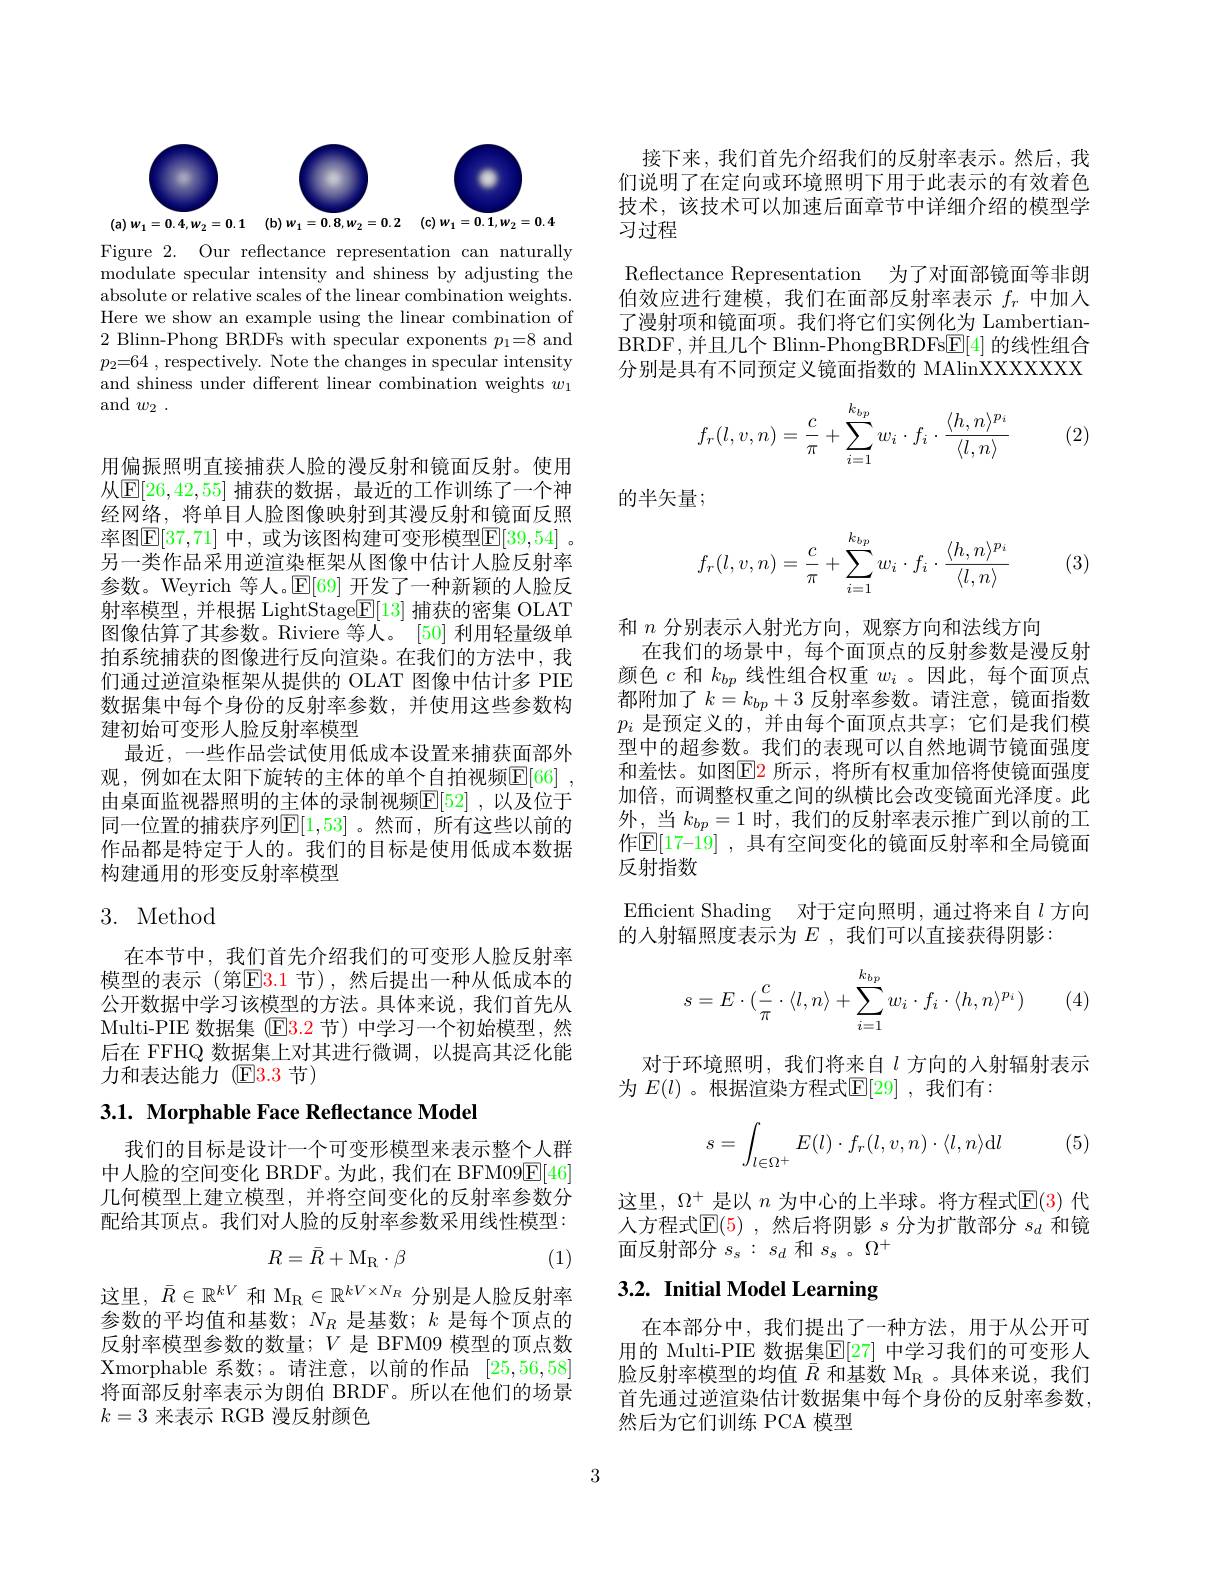
<FigureHere>

Figure 2. Our reflectance representation can naturally modulate specular intensity and shiness by adjusting the absolute or relative scales of the linear combination weights. Here we show an example using the linear combination of 2 Blinn-Phong BRDFs with specular exponents $p_1=8$ and $p_2{= }64$ , respectively. Note the changes in specular intensity and shiness under different linear combination weights $w_1$ and $w_2$ .

用偏振照明直接捕获人脸的漫反射和镜面反射。使用从$\mathbb{E}[26,42,55]$ 捕获的数据，最近的工作训练了一个神经网络，将单目人脸图像映射到其漫反射和镜面反照率图$\mathbb{E}[37,71]$ 中，或为该图构建可变形模型$\mathbb{E}[39,54]$ 。另一类作品采用逆渲染框架从图像中估计人脸反射率参数。Weyrich 等人。$\mathbb{E}[69]$开发了一种新颖的人脸反射率模型，并根据 LightStage$\mathbb{E}[13]$捕获的密集 OLAT 图像估算了其参数。Riviere 等人。[50]利用轻量级单拍系统捕获的图像进行反向渲染。在我们的方法中，我们通过逆渲染框架从提供的 OLAT 图像中估计多 PIE 数据集中每个身份的反射率参数，并使用这些参数构建初始可变形人脸反射率模型
最近，一些作品尝试使用低成本设置来捕获面部外观，例如在太阳下旋转的主体的单个自拍视频$\mathbb{E} [ 66]$ , 由桌面监视器照明的主体的录制视频$\mathbb{E}[52]$ ,以及位于同一位置的捕获序列$\mathbb{E}[1,53]$ 。然而，所有这些以前的作品都是特定于人的。我们的目标是使用低成本数据构建通用的形变反射率模型

## 3. Method

在本节中，我们首先介绍我们的可变形人脸反射率模型的表示(第$\color{red}3.1$ 节),然后提出一种从低成本的公开数据中学习该模型的方法。具体来说，我们首先从Multi-PIE 数据集 (E3.2 节) 中学习一个初始模型，然后在 FFHQ 数据集上对其进行微调，以提高其泛化能力和表达能力 (E3.3 节)

3.1. Morphable Face Reflectance Model

我们的目标是设计一个可变形模型来表示整个人群中人脸的空间变化 BRDF。为此，我们在 BFM09$\underline{\mathrm{E}}[46]$ 几何模型上建立模型，并将空间变化的反射率参数分配给其顶点。我们对人脸的反射率参数采用线性模型：
$$R=\bar{R}+\mathrm{M_R}\cdot\beta $$
(1)
$$\mathrm M_{\mathrm R}\in\mathbb R^{kV\times N_R}$$
$\bar{R}\in\mathbb{R}^{kV}$
参数的平均值和基数；$N_R$是基数；$k$是每个顶点的反射率模型参数的数量；$V$是 BFM09 模型的顶点数Xmorphable 系数；。请注意，以前的作品[25,56,58] 将面部反射率表示为朗伯 BRDF。所以在他们的场景$k=3$来表示 RGB 漫反射颜色

接下来，我们首先介绍我们的反射率表示。然后，我们说明了在定向或环境照明下用于此表示的有效着色技术，该技术可以加速后面章节中详细介绍的模型学习过程

Reflectance Representation 为了对面部镜面等非朗伯效应进行建模，我们在面部反射率表示$f_r$中加入了漫射项和镜面项。我们将它们实例化为 LambertianBRDF,并且几个 Blinn-PhongBRDFs$\underline{\mathrm{E}}[4]$的线性组合分别是具有不同预定义镜面指数的 MAlinXXXXXX
$$f_r(l,v,n)=\dfrac{c}{\pi}+\sum_{i=1}^{k_{bp}}w_i\cdot f_i\cdot\dfrac{\langle h,n\rangle^{p_i}}{\langle l,n\rangle}$$
(2)

的半矢量；
$$f_r(l,v,n)=\dfrac{c}{\pi}+\sum_{i=1}^{k_{bp}}w_i\cdot f_i\cdot\dfrac{\langle h,n\rangle^{p_i}}{\langle l,n\rangle}$$
和$n$分别表示人射光方向，观察方向和法线方向
在我们的场景中，每个面顶点的反射参数是漫反射颜色$c$和$k_bp$线性组合权重$w_i$ 。因此，每个面顶点都附加了$k=k_{bp}+3$ 反射率参数。请注意，镜面指数$p_i$是预定义的，并由每个面顶点共享；它们是我们模型中的超参数。我们的表现可以自然地调节镜面强度和羞怯。如图$\color{red}{\mathrm{E}}\color{red}{\mathrm{E}}\color{red}{\mathrm{E}}\color{red}{\mathrm{E}}\color{red}{\mathrm{E}}\color{red}{\mathrm{E}}\color{red}{\mathrm{E}}\color{red}{\mathrm{E}}\color{red}{\mathrm{E}}\color{red}{\operatorname*{E}}\color{red}{\mathrm{E}}\color{red}{\mathrm{E}}\color{red}{\mathrm{E}}\color{red}{\mathrm{E}}\color{red}{\mathrm{E}}\color{red}{\mathrm{E}}\color{red}{\mathrm{E}}\color{red}{\mathrm{E}}\color{reed}{\mathrm{E}}\color{red}{\mathrm{E}}\color{red}{\mathrm{E}}\color{red}{\mathrm{E}}\color{r}$ 加倍，而调整权重之间的纵横比会改变镜面光泽度。此外，当$k_bp=1$时，我们的反射率表示推广到以前的工作$\mathbb{E}[17-19]$ ,具有空间变化的镜面反射率和全局镜面反射指数
Efficient Shading 对于定向照明，通过将来自$l$方向
的人射辐照度表示为$E$ ,我们可以直接获得阴影：

(4)
$$s=E\cdot(\frac{c}{\pi}\cdot\langle l,n\rangle+\sum_{i=1}^{k_{bp}}w_i\cdot f_i\cdot\langle h,n\rangle^{p_i})$$
对于环境照明，我们将来自$l$ 方向的人射辐射表示
为 $E(l)$ 。根据渲染方程式$\mathbb{E}[29]$ ,我们有：

(5)
$$\begin{aligned}s=\int_{l\in\Omega^+}E(l)\cdot f_r(l,v,n)\cdot\langle l,n\rangle\mathrm{d}l\end{aligned}$$
这里，$\Omega^+$是以$n$为中心的上半球。将方程式$\mathbb{E}(3)$代人方程式$\mathbb{E}(5)$ ,然后将阴影$s$分为扩散部分$s_d$和镜面反射部分$s_s:s_d$和$s_s$ 。$\Omega^+$

# 3.2. Initial Model Learning

在本部分中，我们提出了一种方法，用于从公开可用的 Multi-PIE 数据集$\overline{\mathbb{E}}[27]$ 中学习我们的可变形人脸反射率模型的均值$\bar{R}$和基数$M_R$ 。具体来说，我们首先通过逆渲染估计数据集中每个身份的反射率参数， 然后为它们训练 PCA 模型

3